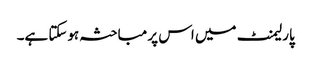
پارلیمنٹ میں اس پر مباحثہ ہوسکتا ہے۔